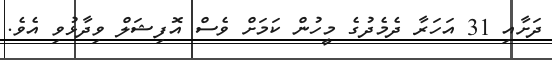
ދަށާއި 31 އަހަރާ ދެމެދުގެ މީހުން ކަމަށް ވެސް އޮފިޝަލް ވިދާޅުވި އެވެ.